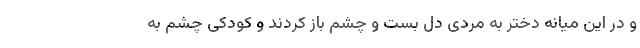
و در این میانه دختر به مردی دل بست و چشم باز کردند و کودکی چشم به